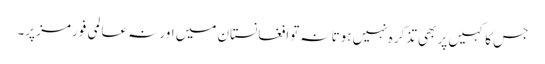
جس کا کہیں پر بھی تذکرہ نہیں ہوتا نہ توافغانستان میں اور نہ عالمی فورمز پر۔